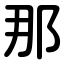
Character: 那